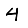
Digit: 4